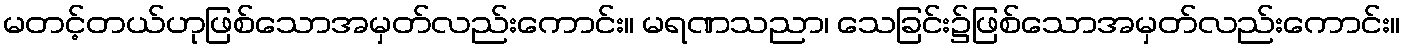
မတင့်တယ်ဟုဖြစ်သောအမှတ်လည်းကောင်း။ မရဏသညာ၊ သေခြင်း၌ဖြစ်သောအမှတ်လည်းကောင်း။